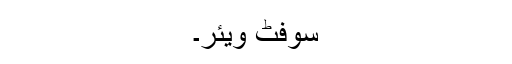
سوفٹ ویئر۔